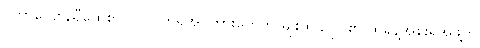
လိုက်လျောညီထွေစွာပင် လက်ရှိအပ်ကားတွေကို မျိုးထွဋ်လှိုင်၏ ထရန့်အစိုးရအဖွဲ့က